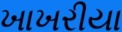
ખાખરીયા